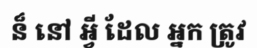
ន៏ នៅ អ្វី ដែល អ្នក ត្រូវ